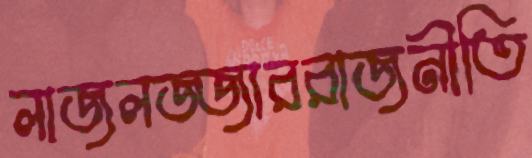
লাজলজ্জাররাজনীতি